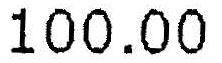
100.00